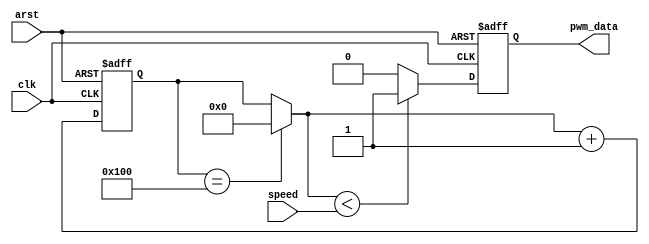
/*--  *******************************************************
--  Computer Architecture Course, Laboratory Sources 
--  Amirkabir University of Technology (Tehran Polytechnic)
--  Department of Computer Engineering (CE-AUT)
--  https://ce.aut.ac.ir
--  *******************************************************
--  All Rights reserved (C) 2019-2020
--  *******************************************************
--  Student ID  : 9831023
--  Student Name: Negin Kheirmand
--  Student Mail: neginkheirmand@gaut.ac.ir
--  *******************************************************
--*/

/*-----------------------------------------------------------
---  Module Name: Fan Speed (PWM)
---  Description: part of Module3's ICs
-----------------------------------------------------------*/
`timescale 1 ns/1 ns

module FanSpeed (
	input        arst     , // reset [asynch]  
	input        clk      , // clock [posedge] 
	input  [7:0] speed    , // speed [duty-cycle]  
	output reg      pwm_data   // data  [output]
);
	reg [8:0]  count = 9'b000000000;
	 always @ (posedge clk or posedge arst)
		if(arst)
			begin
			//first we put a 0 in the output, without having in account the duty cycle
				//reset the pwm_data
				pwm_data = 1'b0;
				//reset the counter
				count = 9'b000000000;
			end
		else
			begin
				//when the 256 clocks are over you go and start all over again
				if(count == 9'b100000000)
					count = 9'b000000000;
				if(count < speed)
					pwm_data = 1'b1;
				else
					pwm_data = 1'b0;
				count = count + 9'b000000001;
			end
endmodule